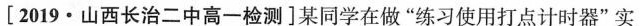
[2019·山西长治二中高一检测]某同学在做”练习使用打点计时器”实